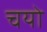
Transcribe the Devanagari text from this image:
चयो